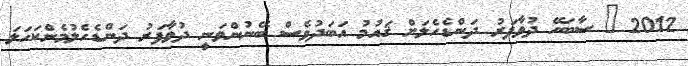
2012 @ ސާބަހޭ ދުވާފަރު ދަންޑެހެލަށް ޤައުމު އަބަދުވެސް ބޭނުންވަނީ ދުވާފަރު ދަންޑެހެލުމެންކަހަލަ